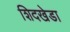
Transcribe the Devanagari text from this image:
शिदखेडा